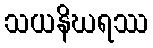
သယနိဃရဿ